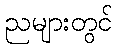
ညများတွင်